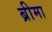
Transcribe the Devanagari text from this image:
ब्रीमा